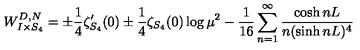
W _ { I \times S _ { 4 } } ^ { D , N } = \pm \frac 1 4 \zeta _ { S _ { 4 } } ^ { \prime } ( 0 ) \pm \frac 1 4 \zeta _ { S _ { 4 } } ( 0 ) \log \mu ^ { 2 } - \frac { 1 } { 1 6 } \sum _ { n = 1 } ^ { \infty } \frac { \cosh n L } { n ( \sinh n L ) ^ { 4 } }